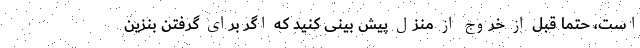
است، حتما قبل از خروج از منزل پیش بینی کنید که اگر برای گرفتن بنزین